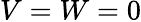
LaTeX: V=W=0